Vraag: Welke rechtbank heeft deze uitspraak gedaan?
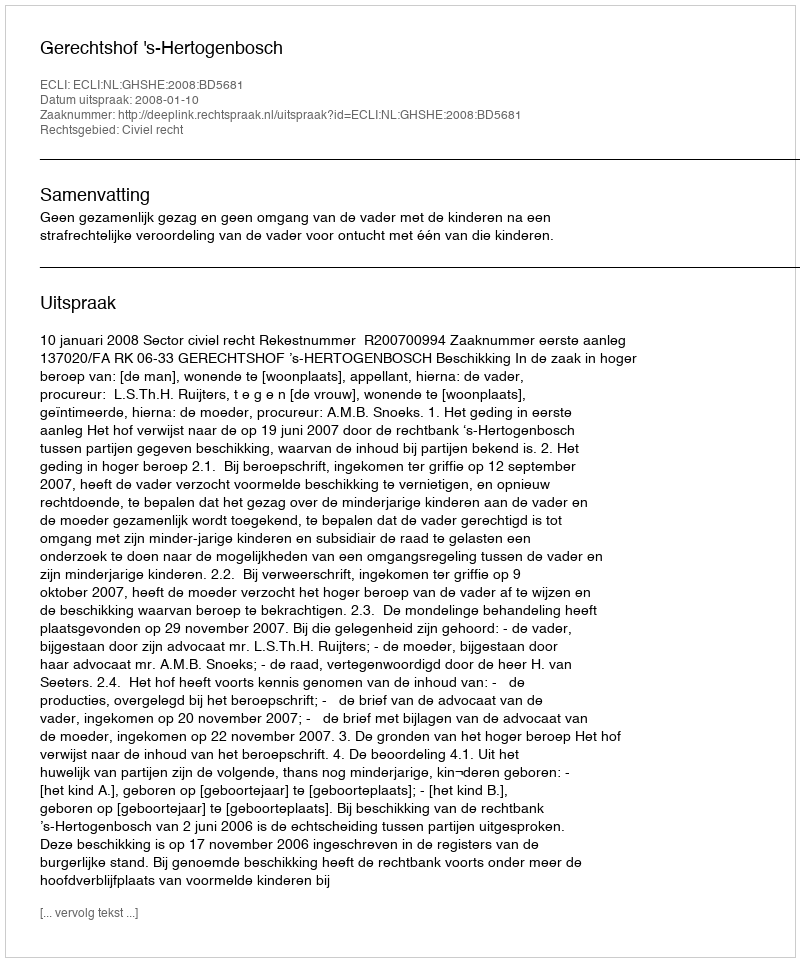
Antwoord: Gerechtshof 's-Hertogenbosch